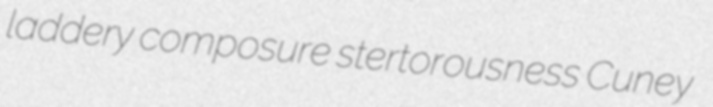
laddery composure stertorousness Cuney